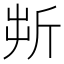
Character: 𣂚